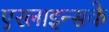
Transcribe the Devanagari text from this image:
एरलाइन्सके